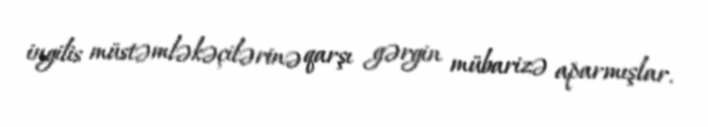
ingilis müstəmləkəçilərinə qarşı gərgin mübarizə aparmışlar.